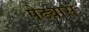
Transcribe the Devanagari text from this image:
पेढ्यास